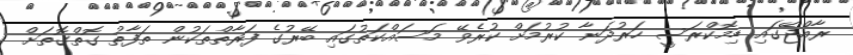
ރާއްޖޭގައި ޑިމޮކްރަސީ ހަރުދަނާ ކުރުމަށް ކުރެވޭ މަސައްކަތުގައި ބޭރުުގެ ފަރާތްތަކުން ތަފާތު ގޮތްގޮތަށް